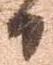
日